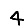
Digit: 4